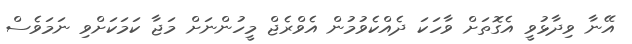
އޭނާ ވިދާޅުވީ އެގޮތަށް ވާހަކަ ދެއްކެވުމުން އެވްރެޖް މީހުންނަށް މަޖާ ކަމަކަށްވި ނަމަވެސް